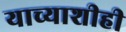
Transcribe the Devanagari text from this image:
याच्याशीही